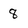
Character: 8